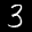
Label: 3